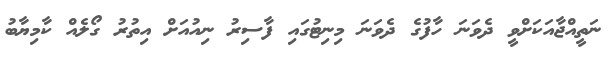
ނަތީއްޖާއަކަށްވީ ދެވަނަ ހާފުގެ ދެވަނަ މިނިޓުގައި ފާސިރު ނިއުއަށް އިތުރު ގޯލެއް ކާމިޔާބު